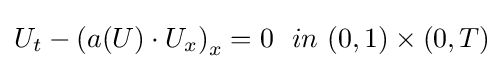
U_{t}-{(a(U)\cdot U_{x})}_{x}=0\ \ in\ (0,1)\times (0,T)